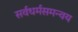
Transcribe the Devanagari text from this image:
सर्वधर्मसमन्वय